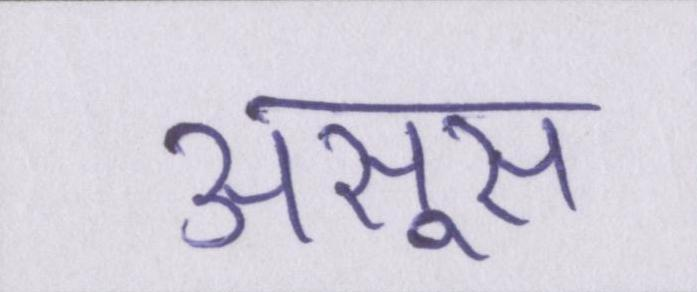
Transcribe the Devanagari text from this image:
असूस